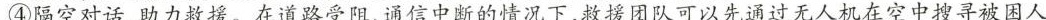
④隔空对话，助力救援。在道路受阻、通信中断的情况下，救援团队可以先通过无人机在空中搜寻被困人